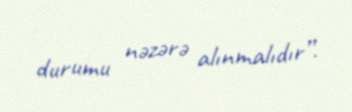
durumu nəzərə alınmalıdır”.